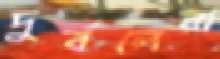
দুর্বলেরা